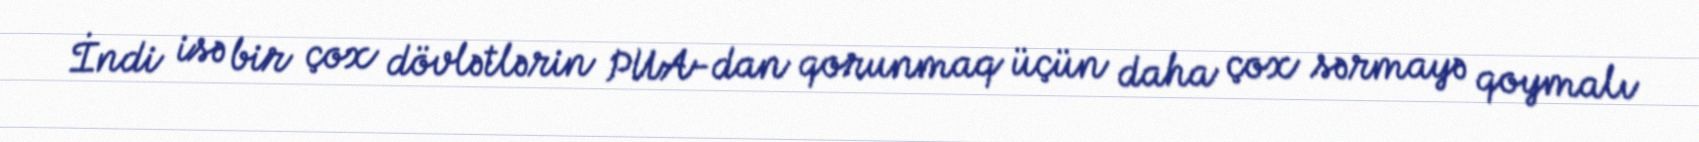
İndi isə bir çox dövlətlərin PUA-dan qorunmaq üçün daha çox sərmayə qoymalı